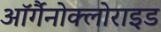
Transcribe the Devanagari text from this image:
ऑर्गैनोक्लोराइड